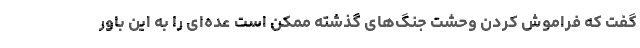
گفت که فراموش کردن وحشت جنگ‌های گذشته ممکن است عده‌ای را به این باور